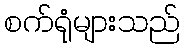
စက်ရုံများသည်